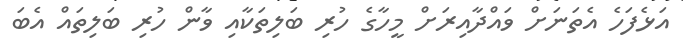
އަޅެފަހެ އެތަނަށް ވައްދާއިރަށް މީހާގެ ހުރި ބަލިތަކާއި ވާން ހުރި ބަލިތައް އެބަ